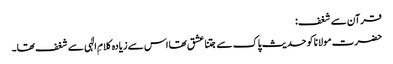
قرآن سے شغف:
حضرت مولانا کو حدیث پاک سے جتنا عشق تھا اس سے زیادہ کلامِ الٰہی سے شغف تھا۔